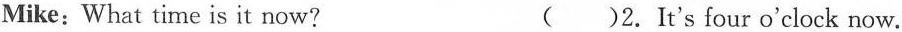
Mike:What time is it now? ( )2. It's four o'clock now.